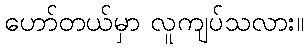
ဟော်တယ်မှာ လူကျပ်သလား။